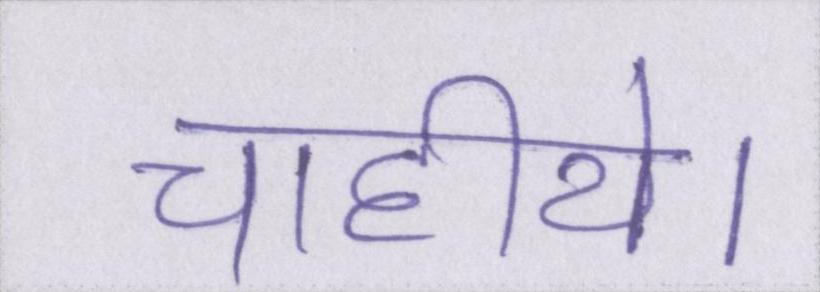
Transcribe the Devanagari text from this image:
चाहीये।